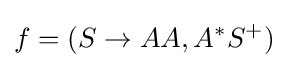
f=(S\to AA,A^{*}S^{+})